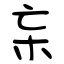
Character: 杗